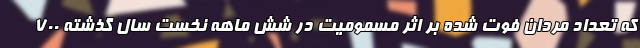
که تعداد مردان فوت شده بر اثر مسمومیت در شش ماهه نخست سال گذشته ۷۰۰